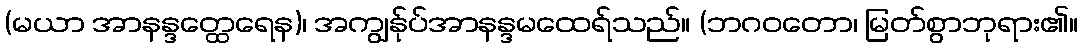
(မယာ အာနန္ဒတ္ထေရေန)၊ အကျွန်ုပ်အာနန္ဒမထေရ်သည်။ (ဘဂဝတော၊ မြတ်စွာဘုရား၏။